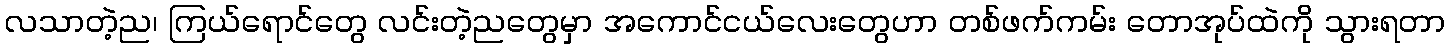
လသာတဲ့ည၊ ကြယ်ရောင်တွေ လင်းတဲ့ညတွေမှာ အကောင်ငယ်လေးတွေဟာ တစ်ဖက်ကမ်း တောအုပ်ထဲကို သွားရတာ